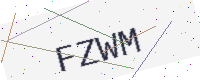
Text: FZWM